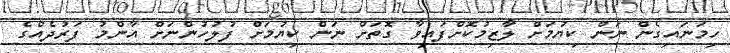
ހިމަނައިގެން ނަން ކިޔުމަށް ލާޒިމުކޮށްފައިވާ ގޮތަށް ނަން ކިޔުމަށް ފުލުހުންނަށް އާންމު ފަރުދެއްގެ